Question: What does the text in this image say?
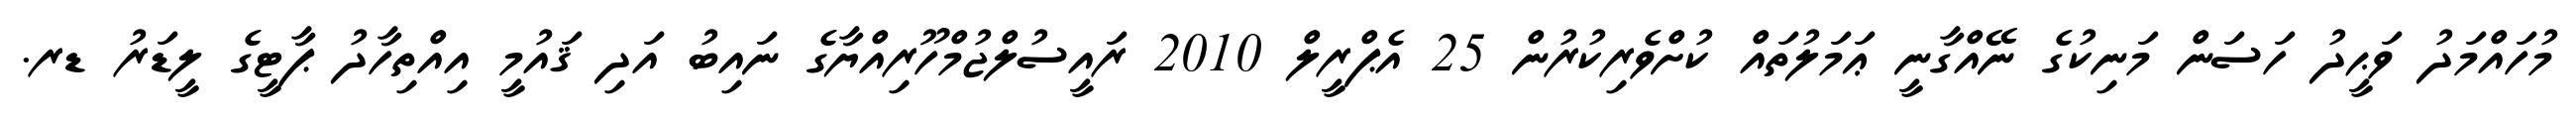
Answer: މުހައްމަދު ވަޙީދު ހަސަން މަނިކުގެ ނޭއްގާނީ ޢަމަލުތައް ކުށްވެރިކުރުން 25 އެޕްރީލް 2010 ރައީސުލްޖުމްހޫރިއްޔާގެ ނައިބު އަދި ޤައުމީ އިއްތިހާދު ޕާޓީގެ ލީޑަރު ޑރ.